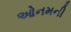
ઓનમની